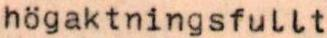
högaktningsfullt